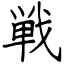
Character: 戦